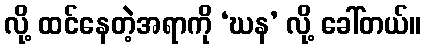
လို့ ထင်နေတဲ့အရာကို ‘ဃန’ လို့ ခေါ်တယ်။